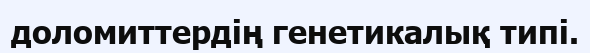
доломиттердің генетикалық типі.